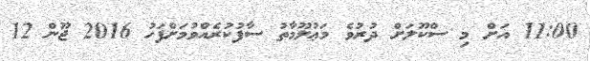
11:00 އަށް މި ސްކޫލަށް ދުރުވެ މަޢުލޫމާތު ސާފުކުރެއްވުމަށްފަހު 2016 ޖޫން 12